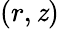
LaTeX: (r,\mathit{z})